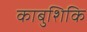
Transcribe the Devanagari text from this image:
काबुशिकि